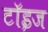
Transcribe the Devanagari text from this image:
टॉइज